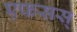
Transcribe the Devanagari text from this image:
एफसस्